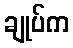
ချုပ်က